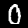
Digit: 0